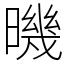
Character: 𣊉